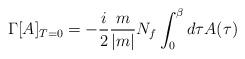
LaTeX: \begin{align*}\Gamma[A]_{T=0}=-\frac{i}{2}{m\over |m|}N_f \int_0^\beta d\tau A(\tau)\end{align*}